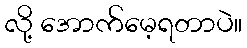
လို့ အောက်မေ့ရတာပဲ။